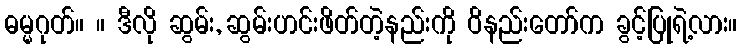
ဓမ္မဂုတ်။ ။ ဒီလို ဆွမ်း, ဆွမ်းဟင်းဖိတ်တဲ့နည်းကို ဝိနည်းတော်က ခွင့်ပြုရဲ့လား။